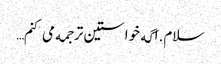
سلام.اگه خواستین ترجمه می کنم…